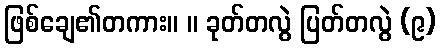
ဖြစ်ချေ၏တကား။ ။ ခုတ်တလွဲ ပြတ်တလွဲ (၉)